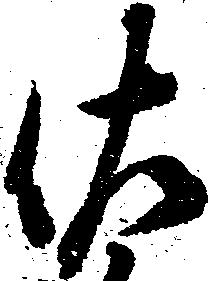
佐